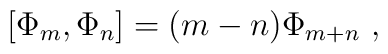
[\Phi_{m}, \Phi_{n}] = (m - n) \Phi_{m + n}~,